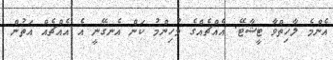
އެންމެ ލާހިތްވާ ޓީޝާޓޭ. އެއްޗެއްގެ މުހިންމު ކަން އެނގޭނީ އެ އެއްޗެއް އަތުން